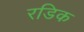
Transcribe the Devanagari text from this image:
रडिक